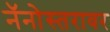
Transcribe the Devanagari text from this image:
नॅनोस्तरावर